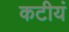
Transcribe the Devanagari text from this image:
कटीयं